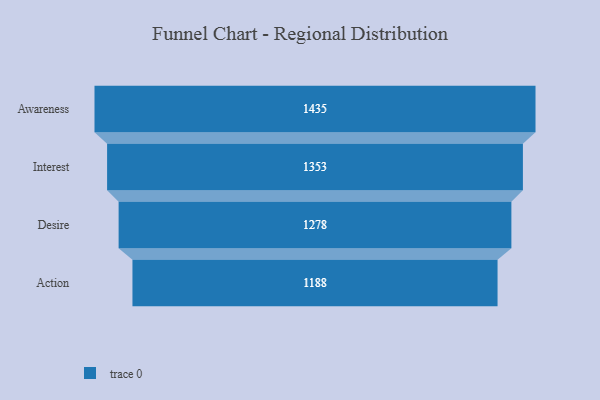
{"axis": {"x": "Stage", "y": "Value"}, "legend": [""], "data": [{"x": "Awareness", "y": 1435.0, "type": ""}, {"x": "Interest", "y": 1353.0, "type": ""}, {"x": "Desire", "y": 1278.0, "type": ""}, {"x": "Action", "y": 1188.0, "type": ""}]}